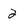
Character: 2